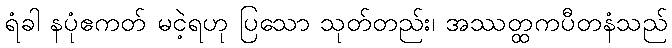
ရံခါ နပုံဧကတ် မငဲ့ရဟု ပြသော သုတ်တည်း၊ အဿတ္ထကပီတနံသည်